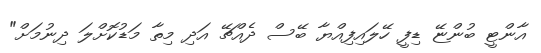
އާންޓީ ބުންޏޭ ޑިފީ ހޭލައިފިއްޔާ ބޭސް ދެއްޗޭ އަދި މިތާ މަޑުކޮށްލަ ދިނުމަށް"